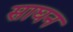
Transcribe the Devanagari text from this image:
साघन